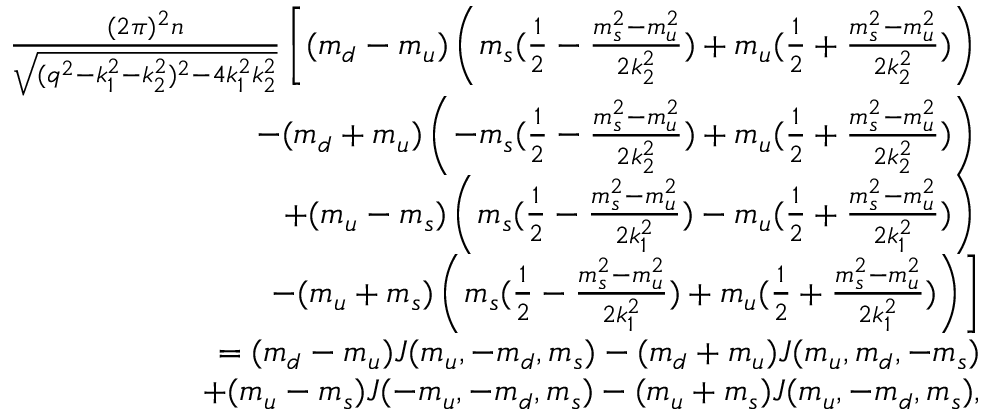
\begin{array} { r l r } & { } & { \frac { ( 2 \pi ) ^ { 2 } n } { \sqrt { ( q ^ { 2 } - k _ { 1 } ^ { 2 } - k _ { 2 } ^ { 2 } ) ^ { 2 } - 4 k _ { 1 } ^ { 2 } k _ { 2 } ^ { 2 } } } \left[ ( m _ { d } - m _ { u } ) \left( m _ { s } ( \frac { 1 } { 2 } - \frac { m _ { s } ^ { 2 } - m _ { u } ^ { 2 } } { 2 k _ { 2 } ^ { 2 } } ) + m _ { u } ( \frac { 1 } { 2 } + \frac { m _ { s } ^ { 2 } - m _ { u } ^ { 2 } } { 2 k _ { 2 } ^ { 2 } } ) \right) \right. } \\ & { } & { \left. - ( m _ { d } + m _ { u } ) \left( - m _ { s } ( \frac { 1 } { 2 } - \frac { m _ { s } ^ { 2 } - m _ { u } ^ { 2 } } { 2 k _ { 2 } ^ { 2 } } ) + m _ { u } ( \frac { 1 } { 2 } + \frac { m _ { s } ^ { 2 } - m _ { u } ^ { 2 } } { 2 k _ { 2 } ^ { 2 } } ) \right) \right. } \\ & { } & { \left. + ( m _ { u } - m _ { s } ) \left( m _ { s } ( \frac { 1 } { 2 } - \frac { m _ { s } ^ { 2 } - m _ { u } ^ { 2 } } { 2 k _ { 1 } ^ { 2 } } ) - m _ { u } ( \frac { 1 } { 2 } + \frac { m _ { s } ^ { 2 } - m _ { u } ^ { 2 } } { 2 k _ { 1 } ^ { 2 } } ) \right) \right. } \\ & { } & { \left. - ( m _ { u } + m _ { s } ) \left( m _ { s } ( \frac { 1 } { 2 } - \frac { m _ { s } ^ { 2 } - m _ { u } ^ { 2 } } { 2 k _ { 1 } ^ { 2 } } ) + m _ { u } ( \frac { 1 } { 2 } + \frac { m _ { s } ^ { 2 } - m _ { u } ^ { 2 } } { 2 k _ { 1 } ^ { 2 } } ) \right) \right] } \\ & { } & { = ( m _ { d } - m _ { u } ) J ( m _ { u } , - m _ { d } , m _ { s } ) - ( m _ { d } + m _ { u } ) J ( m _ { u } , m _ { d } , - m _ { s } ) } \\ & { } & { + ( m _ { u } - m _ { s } ) J ( - m _ { u } , - m _ { d } , m _ { s } ) - ( m _ { u } + m _ { s } ) J ( m _ { u } , - m _ { d } , m _ { s } ) , } \end{array}